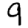
Digit: 9